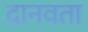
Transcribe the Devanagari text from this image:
दानवता